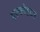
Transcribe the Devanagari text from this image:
एल्कोहाल